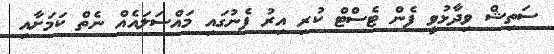
ސަތިޝް ވިދާޅުވީ ފެން ޓެސްޓް ކުރި އިރު ފެނުގައި މައްސަލައެއް ނެތް ކަމަށާއި